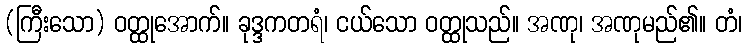
(ကြီးသော) ဝတ္ထုအောက်။ ခုဒ္ဒကတရံ၊ ငယ်သော ဝတ္ထုသည်။ အဏု၊ အဏုမည်၏။ တံ၊